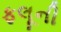
ફલૂની